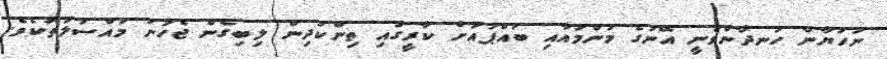
ނަހުޔާން ހަނދާންވަނީ އޭނަގެ މަންމައާއި ބައްޕައަށް ކާރީގައި ތިންކުދިން ލިބިގެން ޖެހުނު މައްސަލަތަކެވެ.